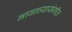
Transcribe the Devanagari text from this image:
नावाच्यासंगीत